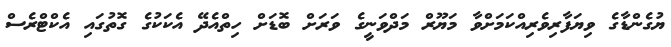
ޔުގެންޑާގެ ވިޔަފާރިވެރިއްކަމަށްވާ މަޔޫރް މަދްވަނީގެ ވަރަށް ބޮޑަށް ހިތްއެދޭ އެކަކުގެ ގޮތުގައި އެކްޓްރެސް